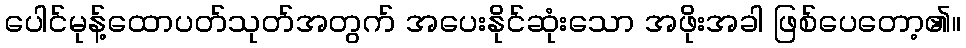
ပေါင်မုန့်ထောပတ်သုတ်အတွက် အပေးနိုင်ဆုံးသော အဖိုးအခါ ဖြစ်ပေတော့၏။